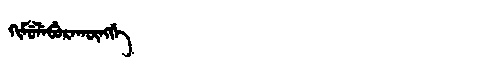
Manchu: ᡴᡳᠮᡠᠯᡝᠪᡠᡵᠠᡴᡡᠩᡤᡝ
Romanization: KIMULEBURAKŪNGGE